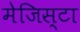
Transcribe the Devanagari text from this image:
मेजिस्टा